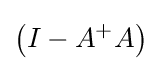
\left(I-A^{+}A\right)